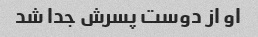
او از دوست پسرش جدا شد